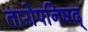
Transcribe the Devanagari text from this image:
तारोपनिषद्